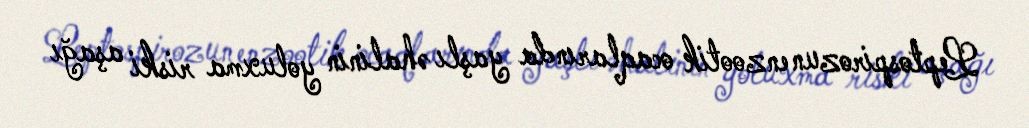
Leptospirozun enzootik ocaqlarında yaşlı əhalinin yoluxma riski aşağı